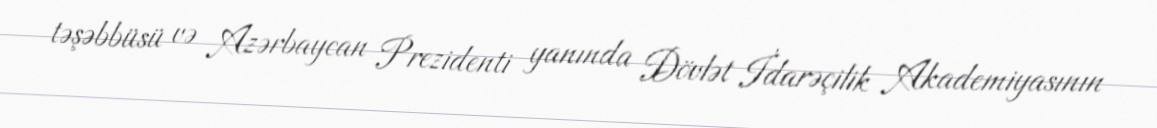
təşəbbüsü və Azərbaycan Prezidenti yanında Dövlət İdarəçilik Akademiyasının